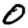
Digit: 0